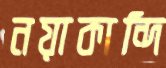
নয়াকান্দি